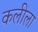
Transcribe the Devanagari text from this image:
कलीला